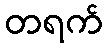
တရက်